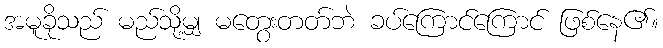
အမူခိုသည် မည်သို့မျှ မတွေးတတ်ဘဲ ခပ်ကြောင်ကြောင် ဖြစ်နေ၏။